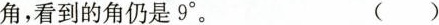
角，看到的角仍是9°。 ( )